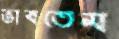
ভাবতেম